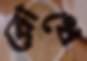
রোধে